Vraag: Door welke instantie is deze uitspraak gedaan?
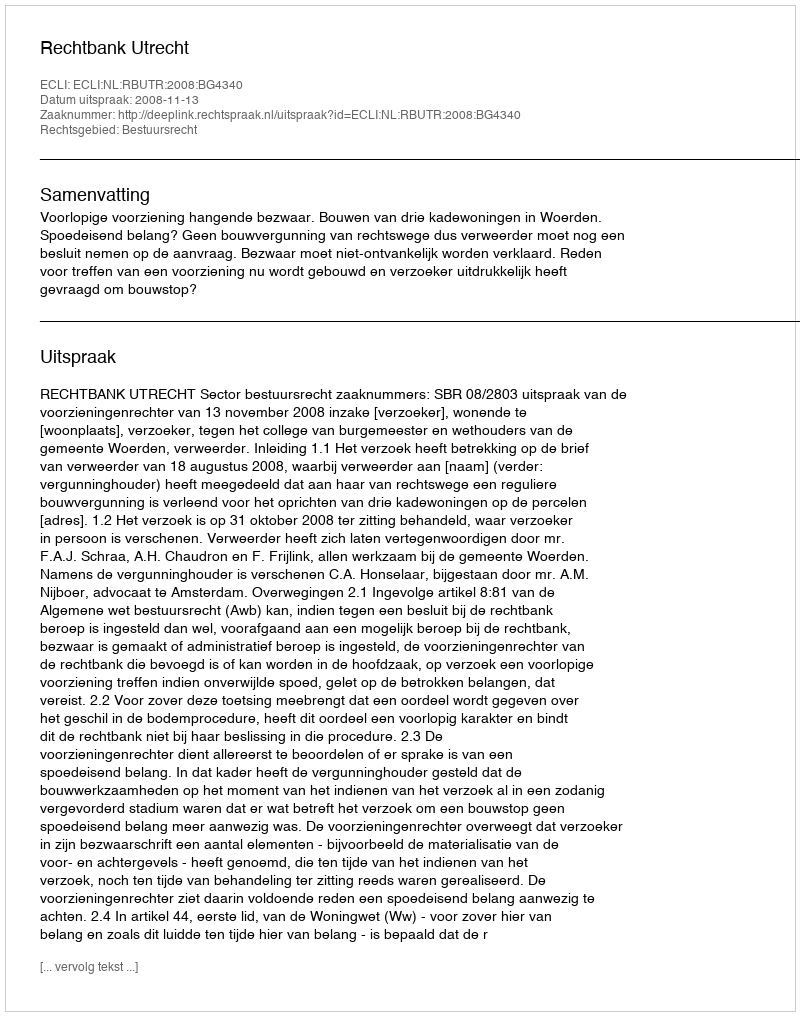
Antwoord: Rechtbank Utrecht